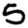
Digit: 5